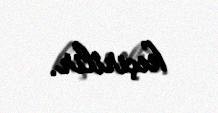
keçirilir.